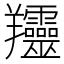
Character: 𦏰